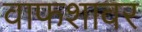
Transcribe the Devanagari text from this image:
वाफशावर